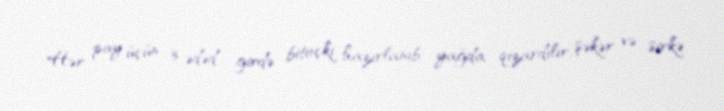
Hər pay üçün 3 ədəd girdə bitoçki hazırlanıb yağda qızardılır, şəkər və sirkə